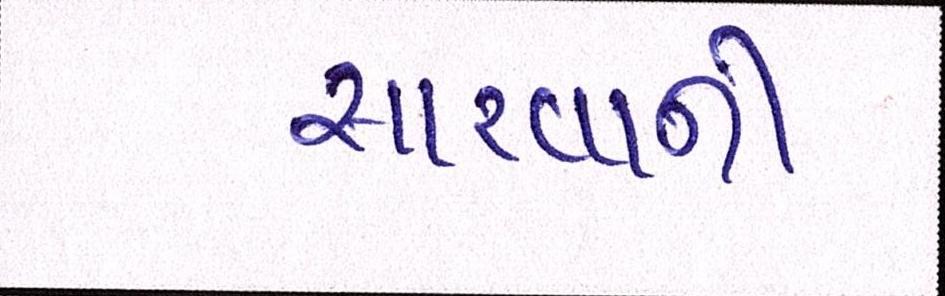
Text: સારવાની